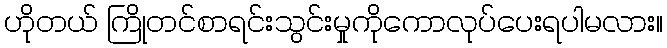
ဟိုတယ် ကြိုတင်စာရင်းသွင်းမှုကိုကောလုပ်ပေးရပါမလား။